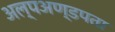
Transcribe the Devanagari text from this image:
अल्पअण्डपता